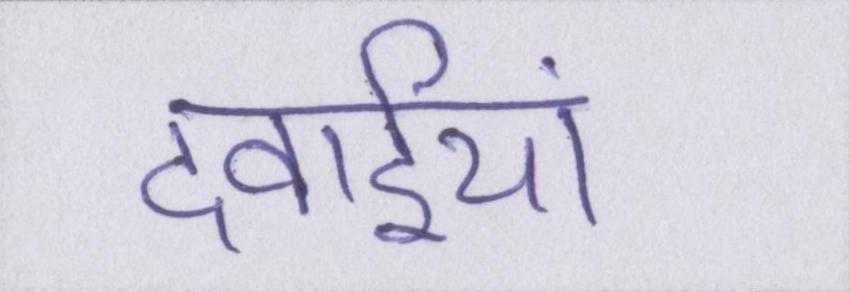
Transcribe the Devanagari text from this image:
दवाईयां